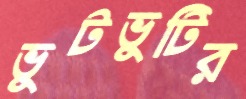
ভুটভুটির